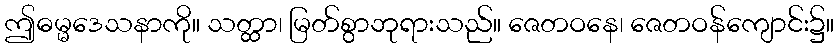
ဤဓမ္မဒေသနာကို။ သတ္ထာ၊ မြတ်စွာဘုရားသည်။ ဇေတဝနေ၊ ဇေတဝန်ကျောင်း၌။